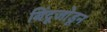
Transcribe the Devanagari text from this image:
बिंदूजोडून